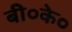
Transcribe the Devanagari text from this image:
बी०के०